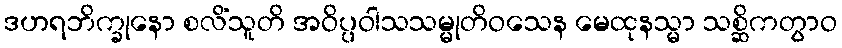
ဒဟရဘိက္ခုနော စလိံသူတိ အဝိပ္ပဝါသသမ္မုတိဝသေန မေထုနသ္မာ သစ္ဆိကတွာဝ